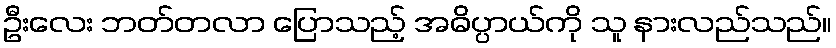
ဦးလေး ဘတ်တလာ ပြောသည့် အဓိပ္ပာယ်ကို သူ နားလည်သည်။